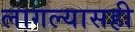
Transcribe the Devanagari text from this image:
लागल्यासही